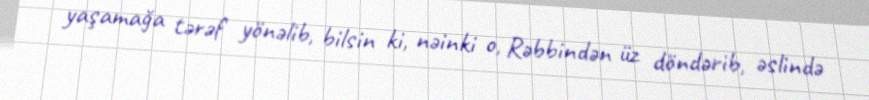
yaşamağa tərəf yönəlib, bilsin ki, nəinki o, Rəbbindən üz döndərib, əslində